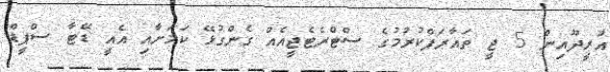
އުރީދޫއިން 5 ޖީ ތައާރަފްކުރުމުގެ ސްޓްރެޓެޖީއެއް ގެންގުޅޭ ކަމަށާއި އެއީ ޑޭޓާ ސްޕީޑް